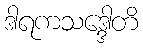
ဒါရကသဒ္ဒေါတိ